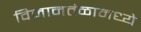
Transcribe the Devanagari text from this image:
विमानतंळामध्ये